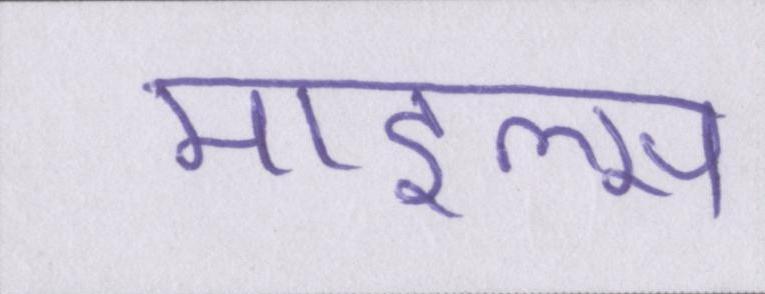
माइल्स